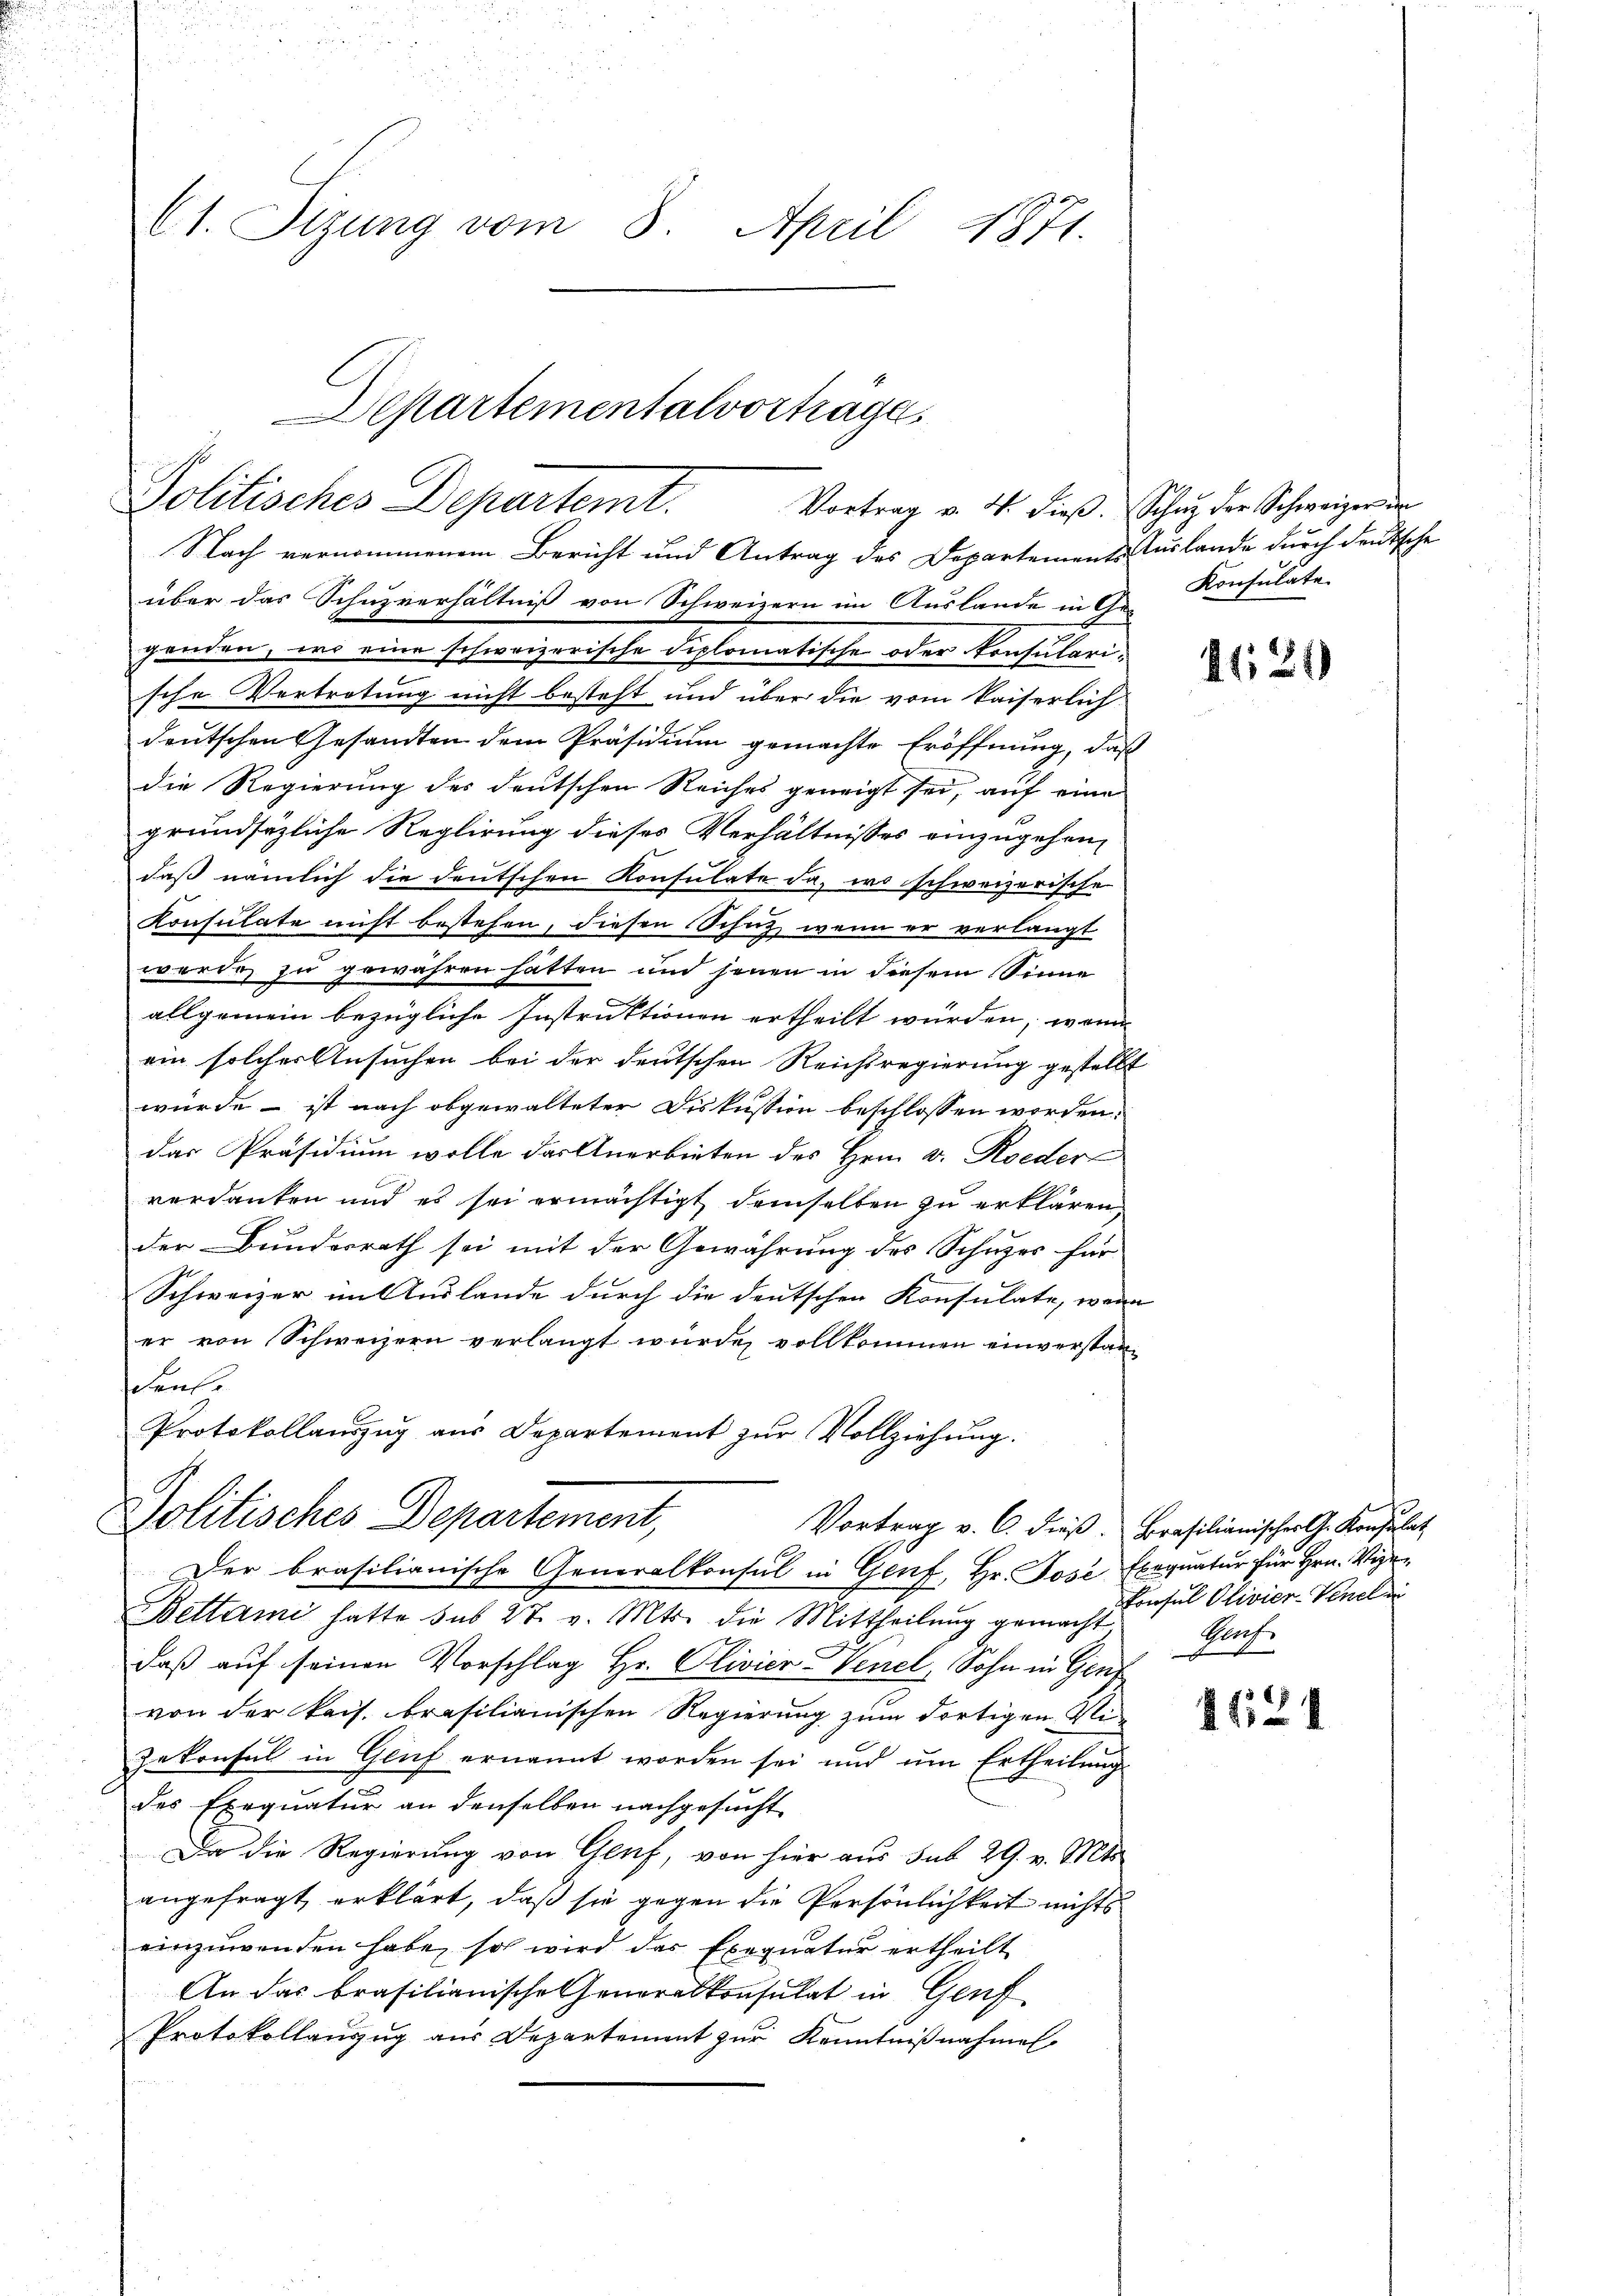
(1. Sitzung vom 8. April 1871.

Departementalvortrage
Politisches Departemt. Vortrag v. M. dieß. Schen der Schweizer de

Nach vernommenem Bericht und Antrag des Departements Auslande durch deutsche
über das Schuzverhältniß von Schweizern im Auslande in Ge-Konsulate
genden, wo eine schweizerische diplomatische oder Konsulari¬
.
sche Vertretung nicht besteht und über die vom kaiserlich
deutschen Gesandten dem Präsidium gemachte Eröffnung, daß
die Regierung des deutschen Reiches geneigt sei, auf eine
grundsätzliche Reglirung dieses Verhältnisses einzugehen,
daß nämlich die deutschen Konsulate da, wo schweizerische
Konsulate nicht bestehen, diesen Schutz, wenn er verlangt
werde zu gewähren hätten und jenen in diesem Sinne
allgemein bezügliche Instruktionen ertheilt wurden, wenn
ein solcher Ansuchen bei der deutschen Reichsregierung gestellt
würde – ist nach obgewalteter Diskussion beschlossen worden:
das Präsidium wolle der Anerbieten des Hern v. Roeder
verdanken und es sei ermächtigt demselben zu erklären
der Bundesrath sei mit der Gewährung des Schuzes für
Schweizer im Auslande durch die deutschen Konsulate, wenn
er von Schweizern verlangt würde, vollkommen einverstanschenfe
Protokollauszug aus Departement zŭr Vollziehung:
Politisches Departement,
Vortrag v. C. dieß. Brasilianischer G. Konsulat
Der brasilianische Generalkonsul in Genf, Hr. Jose Exequatur für Hrn. Vize-
Bettami hatte sub 27. v. Mts. die Mittheilŭng gemacht
daß auf seinen Vorschlag Hr. Clivier-Verzel, Sohn in Gen
von der kais. brasilianischen Regierung zum dortigen Mi¬
Zekonsul in Genf ernannt worden sei und ŭm Ertheilŭng
des Exequatur an denselben nachgesucht
Da die Regierung von Genf, von hier aus sub 29. v. Mts.
angefragt erklärt, daß sie gegen die Persönlichkeit nichts
einzuwenden habe, so wird das Exequatur ertheilt
An das brasilianische Generalkonsulat in Genf
Protokollauszug aus Departement zur Kenntnißnahmen

1124

Consul Olivier-Venelen
Mlach.

1621